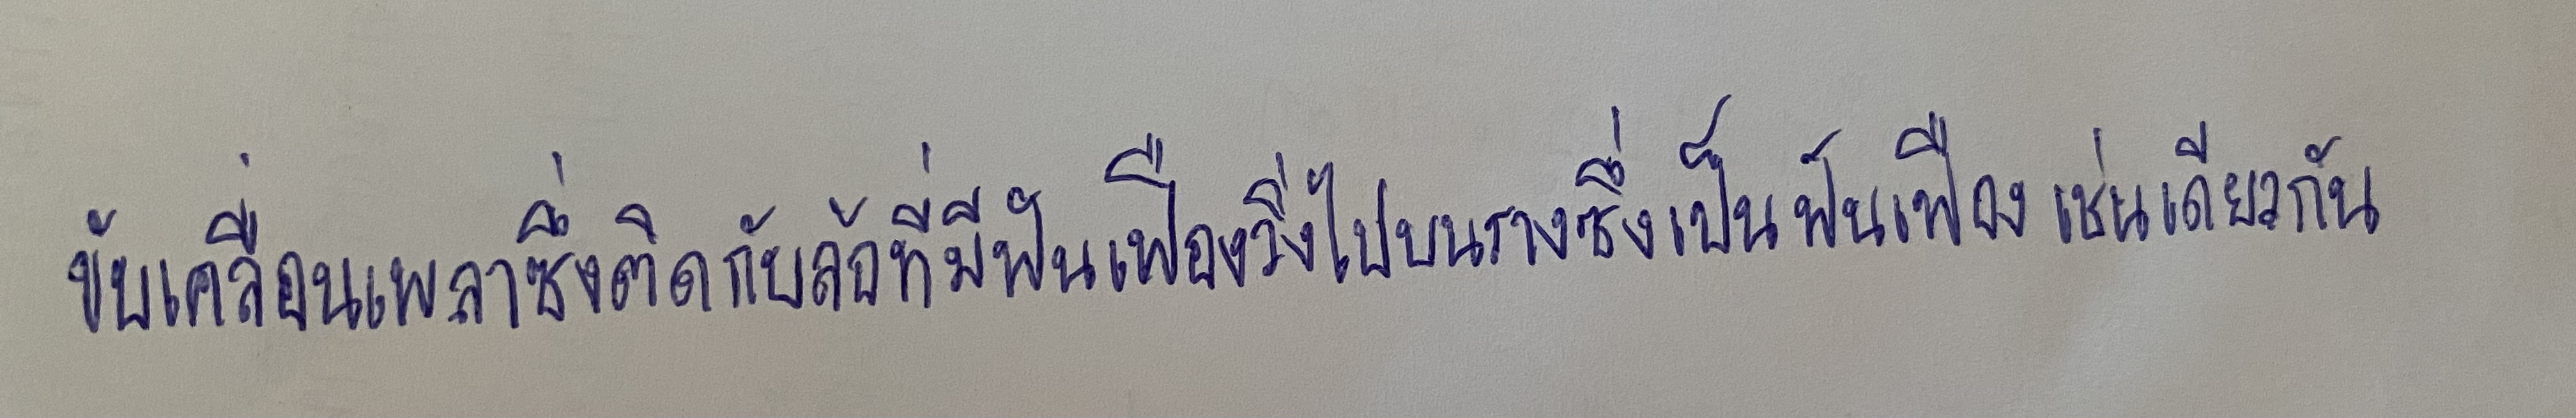
ขับเคลื่อนเพลาซึ่งติดกับล้อที่มีฟันเฟืองวิ่งไปบนรางซึ่งเป็นฟันเฟืองเช่นเดียวกัน